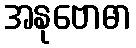
အနုဗောဓာ